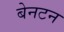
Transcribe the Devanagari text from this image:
बेनटन